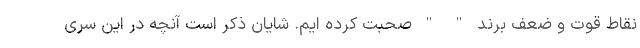
نقاط قوت و ضعف برند " " صحبت کرده ایم. شایان ذکر است آنچه در این سری